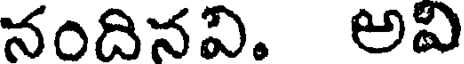
నందినవి. అవి